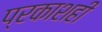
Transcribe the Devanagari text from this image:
प्रकाशही